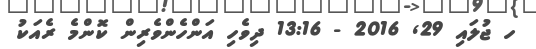
ހ ޖުލައި 29